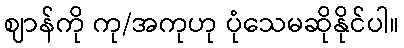
ဈာန်ကို ကု/အကုဟု ပုံသေမဆိုနိုင်ပါ။